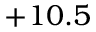
+ 1 0 . 5